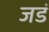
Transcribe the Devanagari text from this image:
जडं